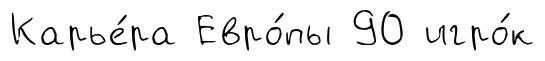
Карье́ра Евро́пы 90 игро́к